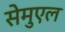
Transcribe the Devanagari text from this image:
सेमुएल